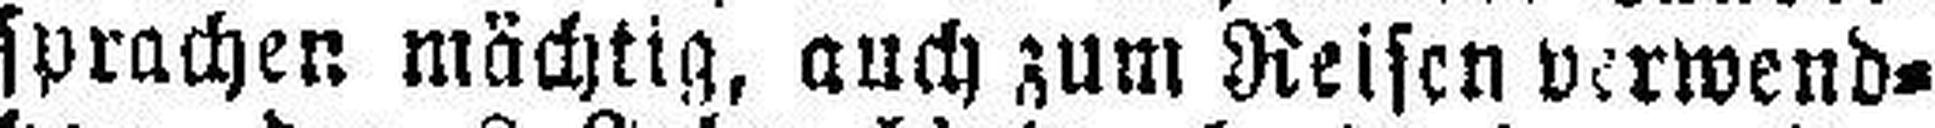
sprachen mächtig, auch zum Reisen verwend¬